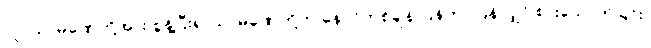
လူ, သာမဏေတို့အား စွန့်ပြီး၍ သာမဏေတို့က နောင်တစ်ချိန် ပြန်ကပ်ပြန်လျှင် စားသောက်ခြင်း၊